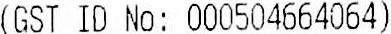
(GST ID NO: 000504664064)